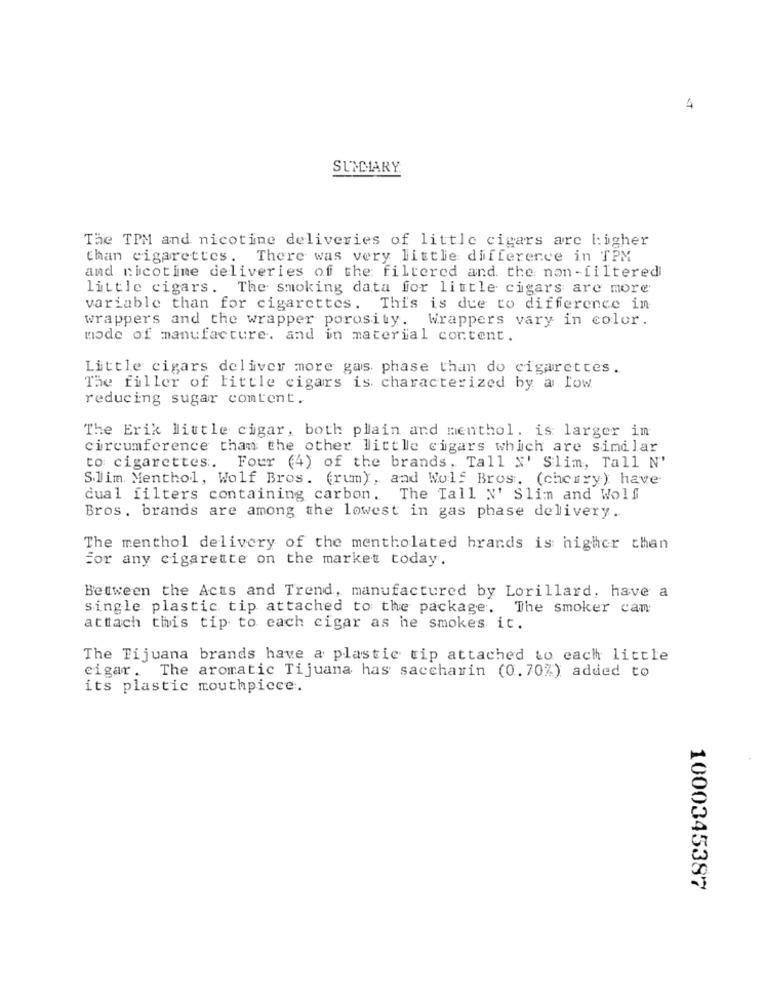
4
SUMMARY
Tae TPM and nicotine deliveries of little cigars are higher
than cigarettes. There was very little difference in TPM
and nicotine deliveries of the filtered and the non-filtered
little cigars. The smoking data for little cigars are more
variable than for cigarettes. This is due to difference in
wrappers and the wrapper porosity. Wrappers vary in color.
mode of manufacture. and in material content.
Little cigars deliver more gas phase than do cigarettes.
The filler of little cigars is characterized by a low
reducing sugar content.
The Erik little cigar, both plain and menthol. is larger in
circumference than the other little cigars which are similar
to cigarettes.
Four (4) of the brands , Tall N' Slim, Tall N'
Slim Menthol, Wolf Bros. (rum), and Wolf Bros. (cherry) have
cual filters containing carbon. The Tall N' Slimm and Wolf
Bros. brands are among the lowest in gas phase delivery.
The menthol delivery of the mentholated brands is higher than
For any cigarette on the market today.
Between the Acts and Trend, manufactured by Lorillard, have a
single plastic tip attached to the package. The smoker cam
attach this tip to each cigar as he smokes it.
The Tijuana brands have a plastic tip attached to each little
cigar. The aromatic Tijuana has saccharin (0.70%) added to
its plastic mouthpiece.
1000345387